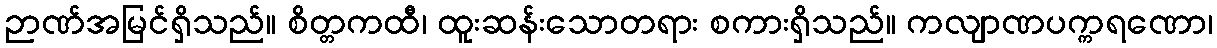
ဉာဏ်အမြင်ရှိသည်။ စိတ္တကထီ၊ ထူးဆန်းသောတရား စကားရှိသည်။ ကလျာဏပက္ကရဏော၊